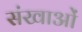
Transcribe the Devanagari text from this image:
संखाओं